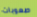
صعوبات